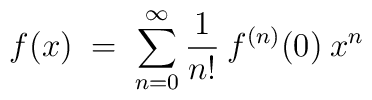
f(x) \;=\; \sum_{n=0}^\infty \frac{1}{n!} \:f^{(n)}(0) \: x^n